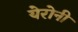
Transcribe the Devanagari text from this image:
येरोनी